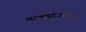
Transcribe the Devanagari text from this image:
भगवद्भक्तांच्या